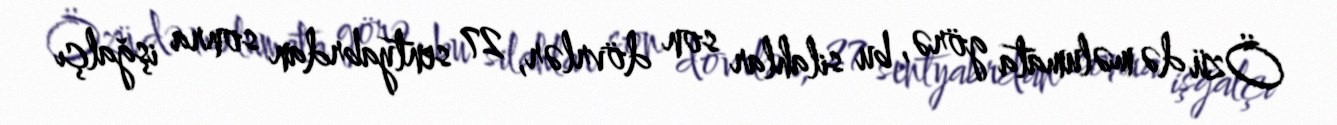
Özü də məlumata görə, bu silahlar son dövrlər, 27 sentyabrdan sonra işğalçı